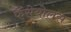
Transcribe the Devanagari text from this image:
फैसेयोलस